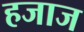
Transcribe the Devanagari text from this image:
हजाज